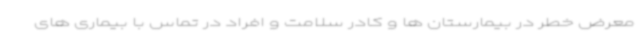
معرض خطر در بیمارستان ها و کادر سلامت و افراد در تماس با بیماری های